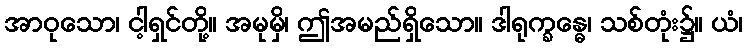
အာဝုသော၊ ငါ့ရှင်တို့။ အမုမှိ၊ ဤအမည်ရှိသော။ ဒါရုက္ခန္ဓေ၊ သစ်တုံး၌။ ယံ၊